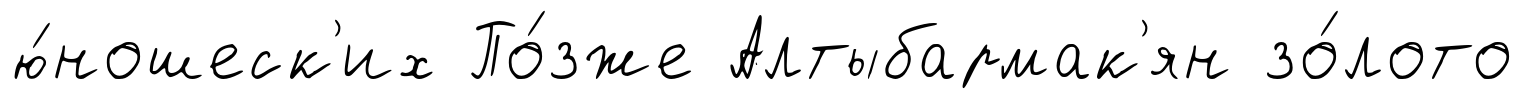
ю́ношеск'их По́зже Алтыбармак'ян зо́лото